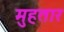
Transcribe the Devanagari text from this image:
मुहतार